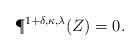
LaTeX: \begin{align*}\P^{1+\delta,\kappa, \lambda}(Z) =0.\end{align*}